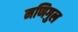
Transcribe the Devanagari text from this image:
मणिगुल